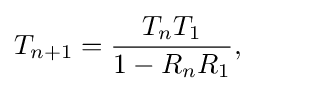
T_{n+1}={\frac {T_{n}T_{1}}{1-R_{n}R_{1}}},\qquad